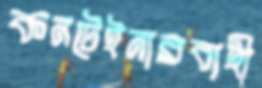
কনটেইনারবাহী